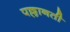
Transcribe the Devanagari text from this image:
पल्लानती